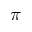
\pi